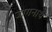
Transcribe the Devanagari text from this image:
जागनाथ